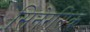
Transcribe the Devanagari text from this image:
सिनेरसिक